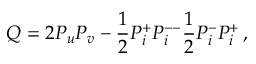
Q = 2 P _ { u } P _ { v } - \frac { 1 } { 2 } P _ { i } ^ { + } P _ { i } ^ { -- } \frac { 1 } { 2 } P _ { i } ^ { - } P _ { i } ^ { + } \, ,